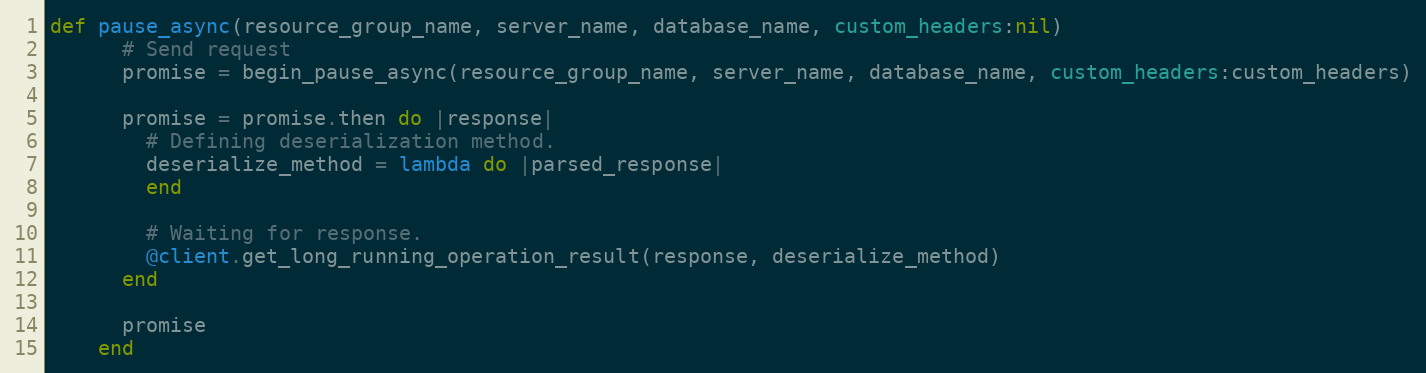
Language: Ruby
def pause_async(resource_group_name, server_name, database_name, custom_headers:nil)
      # Send request
      promise = begin_pause_async(resource_group_name, server_name, database_name, custom_headers:custom_headers)

      promise = promise.then do |response|
        # Defining deserialization method.
        deserialize_method = lambda do |parsed_response|
        end

        # Waiting for response.
        @client.get_long_running_operation_result(response, deserialize_method)
      end

      promise
    end